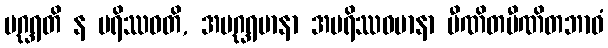
ပဂ္ဃရတိ န ပရိဿဝတိ, အပဂ္ဃရမာနာ အပရိဿဝမာနာ ပီဏိတပီဏိတဘာဝံ